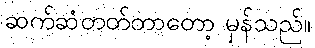
ဆက်ဆံတတ်တာတော့ မှန်သည်။